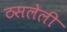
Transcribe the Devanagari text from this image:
ठसलेली